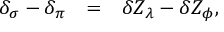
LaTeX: \begin{array} { r c l } { { \delta _ { \sigma } - \delta _ { \pi } } } & { { = } } & { { \delta Z _ { \lambda } - \delta Z _ { \phi } , } } \end{array}